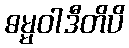
ဓမ္မဝါဒီတိပိ